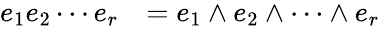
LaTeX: \begin{array}{rl}{e_{1}e_{2}\cdots e_{r}}&{=e_{1}\wedge e_{2}\wedge\cdots\wedge e_{r}}\end{array}